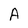
Character: A